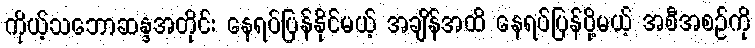
ကိုယ့်သဘောဆန္ဒအတိုင်း နေရပ်ပြန်နိုင်မယ့် အချိန်အထိ နေရပ်ပြန်ပို့မယ့် အစီအစဉ်ကို